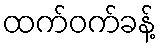
ထက်ဝက်ခန့်